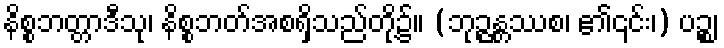
နိစ္စဘတ္တာဒီသု၊ နိစ္စဘတ်အစရှိသည်တို့၌။ (ဘုဉ္ဇန္တဿစ၊ ၏၎င်း၊) ပဉ္စ၊